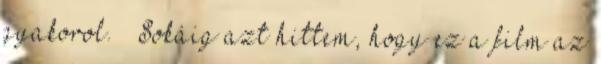
gyakorol.” „Sokáig azt hittem, hogy ez a film az